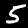
Label: 5